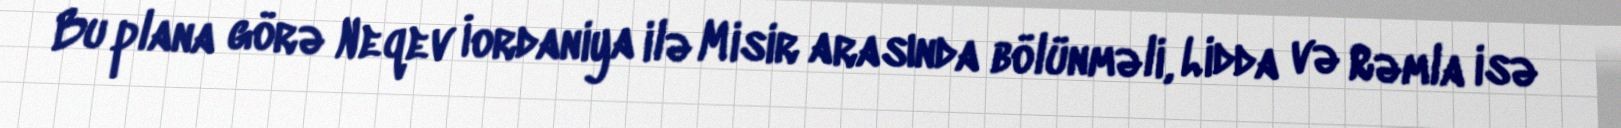
Bu plana görə Neqev İordaniya ilə Misir arasında bölünməli, Lidda və Rəmla isə